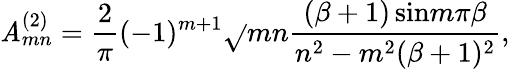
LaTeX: \mathit{A}_{mn}^{(2)}={\frac{{2}}{{\pi}}}(-1)^{m+1}\sqrt{}{{mn}}{\frac{{(\beta+1)\, \mathrm{{sin}}m\pi\beta}}{{n^{2}-m^{2}(\beta+1)^{2}}}},